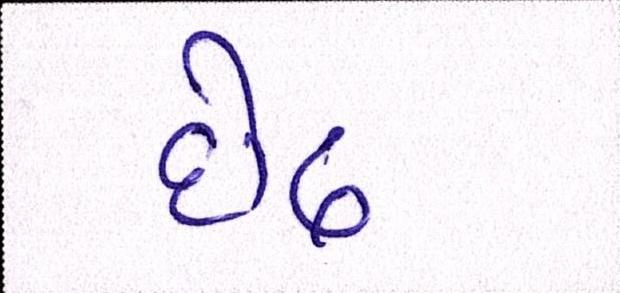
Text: દોઢ